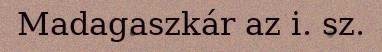
Madagaszkár az i. sz.